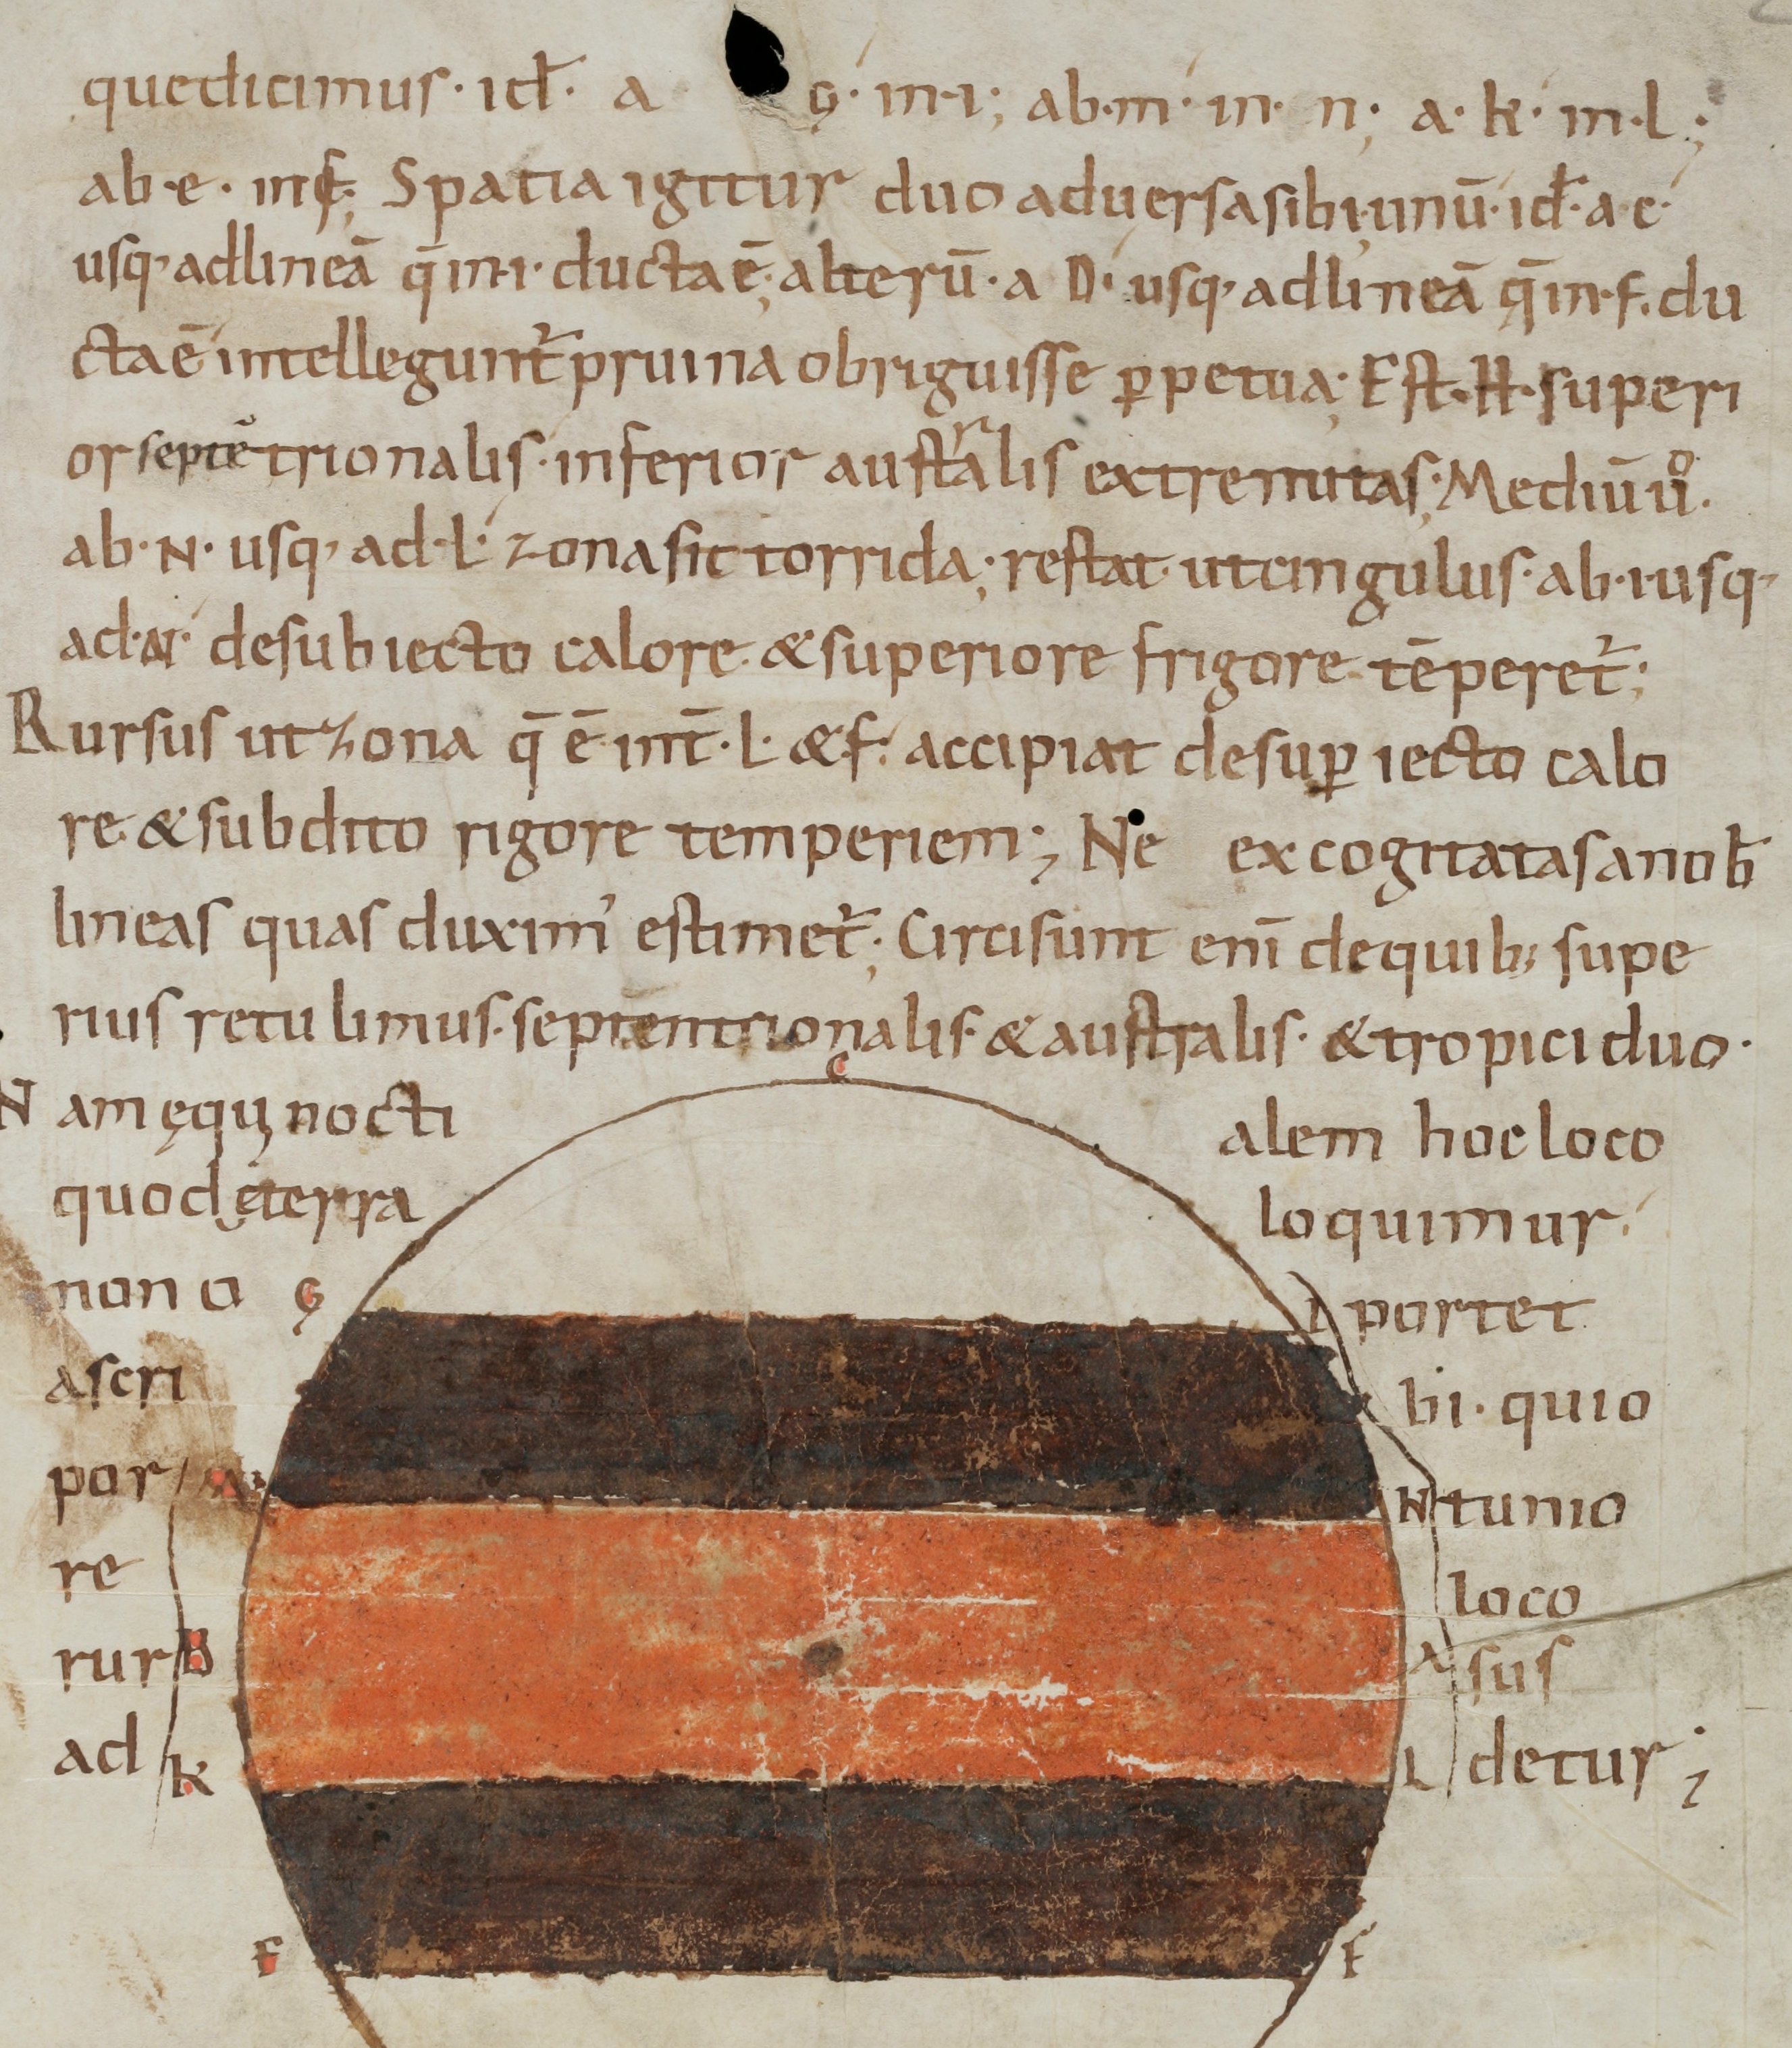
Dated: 965–975